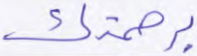
برحمتك